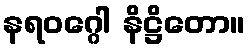
နရဝဂ္ဂေါ နိဋ္ဌိတော။